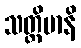
သတ္တိမာနိ